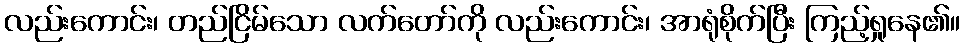
လည်းကောင်း၊ တည်ငြိမ်သော လက်တော်ကို လည်းကောင်း၊ အာရုံစိုက်ပြီး ကြည့်ရှုနေ၏။